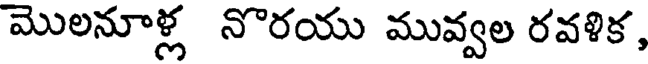
మొలనూళ్ల నొరయు మువ్వల రవళిక,